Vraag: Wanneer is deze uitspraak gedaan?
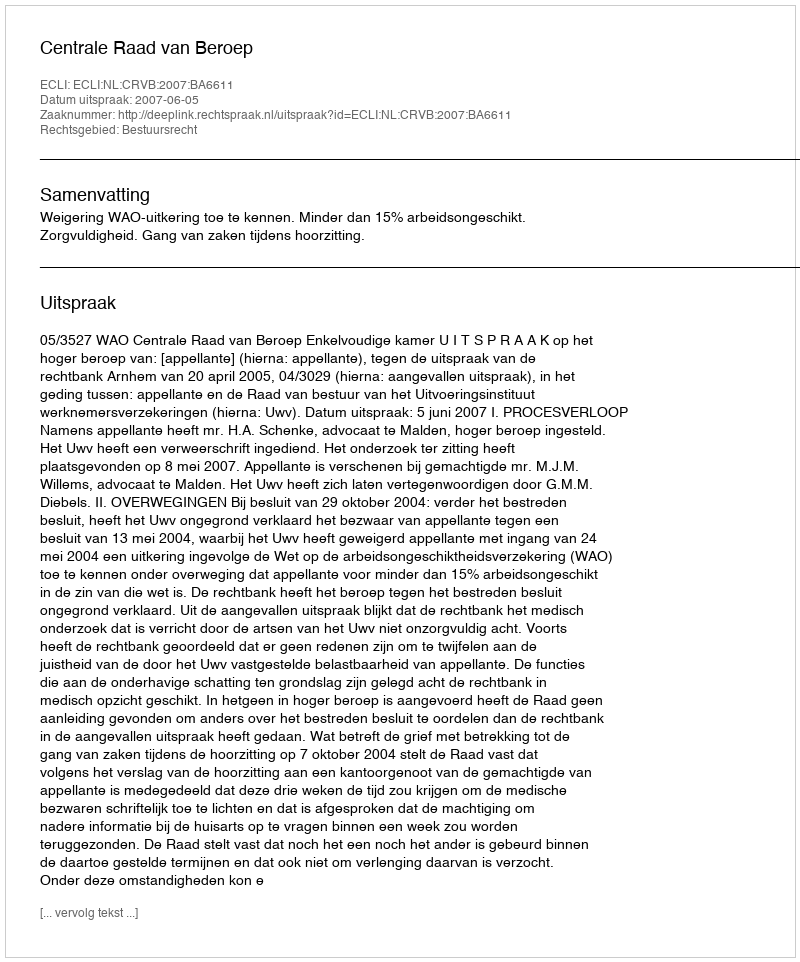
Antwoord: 2007-06-05